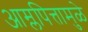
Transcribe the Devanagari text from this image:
आम्लपित्तामुळे